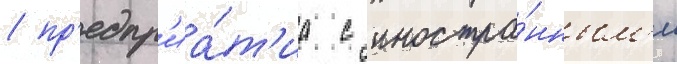
/ пр'едпр'иа́т'иа с иностра́нным'и